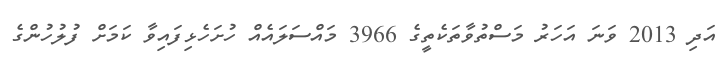
އަދި 2013 ވަނަ އަހަރު މަސްތުވާތަކެތީގެ 3966 މައްސަލައެއް ހުށަހެޅިފައިވާ ކަމަށް ފުލުހުންގެ